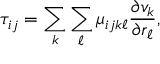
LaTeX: \tau _ { i j } = \sum _ { k } \sum _ { \ell } \mu _ { i j k \ell } { \frac { \partial v _ { k } } { \partial r _ { \ell } } } ,